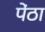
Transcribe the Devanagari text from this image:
पेंठा